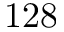
1 2 8